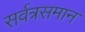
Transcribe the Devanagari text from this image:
सर्वत्रसमान